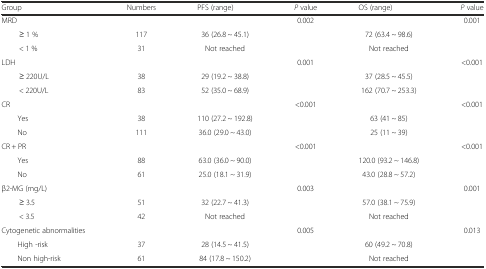
| Group | Numbers | PFS (range) | P value | OS (range) | P value |
 | --- | --- | --- | --- | --- | --- |
 | MRD |  |  | 0.002 |  | 0.001 |
 | ≥ 1 % | 117 | 36 (26.8 ~ 45.1) |  | 72 (63.4 ~ 98.6) |  |
 | < 1 % | 31 | Not reached |  | Not reached |  |
 | LDH |  |  | 0.001 |  | <0.001 |
 | ≥ 220U/L | 38 | 29 (19.2 ~ 38.8) |  | 37 (28.5 ~ 45.5) |  |
 | < 220U/L | 83 | 52 (35.0 ~ 68.9) |  | 162 (70.7 ~ 253.3) |  |
 | CR |  |  | <0.001 |  | <0.001 |
 | Yes | 38 | 110 (27.2 ~ 192.8) |  | 63 (41 ~ 85) |  |
 | No | 111 | 36.0 (29.0 ~ 43.0) |  | 25 (11 ~ 39) |  |
 | CR + PR |  |  | <0.001 |  | <0.001 |
 | Yes | 88 | 63.0 (36.0 ~ 90.0) |  | 120.0 (93.2 ~ 146.8) |  |
 | No | 61 | 25.0 (18.1 ~ 31.9) |  | 43.0 (28.8 ~ 57.2) |  |
 | β2-MG (mg/L) |  |  | 0.003 |  | 0.001 |
 | ≥ 3.5 | 51 | 32 (22.7 ~ 41.3) |  | 57.0 (38.1 ~ 75.9) |  |
 | < 3.5 | 42 | Not reached |  | Not reached |  |
 | Cytogenetic abnormalities |  |  | 0.005 |  | 0.013 |
 | High -risk | 37 | 28 (14.5 ~ 41.5) |  | 60 (49.2 ~ 70.8) |  |
 | Non high-risk | 61 | 84 (17.8 ~ 150.2) |  | Not reached |  |